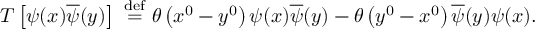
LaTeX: T \left[ \psi ( x ) { \overline { { \psi } } } ( y ) \right] \ { \overset { \mathrm { d e f } } { = } } \ \theta \left( x ^ { 0 } - y ^ { 0 } \right) \psi ( x ) { \overline { { \psi } } } ( y ) - \theta \left( y ^ { 0 } - x ^ { 0 } \right) { \overline { { \psi } } } ( y ) \psi ( x ) .